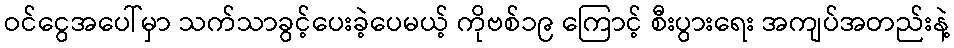
ဝင်ငွေအပေါ်မှာ သက်သာခွင့်ပေးခဲ့ပေမယ့် ကိုဗစ်၁၉ ကြောင့် စီးပွားရေး အကျပ်အတည်းနဲ့